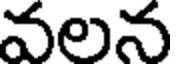
వలన